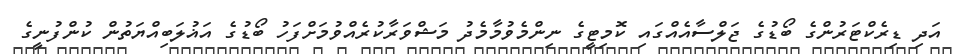
އަދި ޑިރެކްޓަރުންގެ ބޯޑުގެ ޖަލްސާއެއްގައި ކޮމިޓީގެ ނިންމެވުމާމެދު މަޝްވަރާކުރެއްވުމަށްފަހު ބޯޑުގެ އަޣުލަބިއްޔަތުން ކުންފުނީގެ